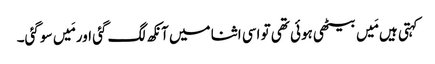
کہتی ہیں مَیں بیٹھی ہوئی تھی تو اسی اثنا میں آنکھ لگ گئی اور مَیں سو گئی۔